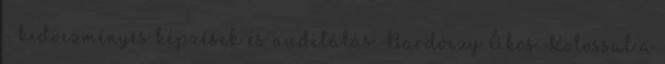
- kedvezményes képzések és auditálás Bardóczy Ákos Kolossal a